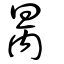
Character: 昺